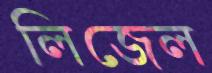
লিজেল